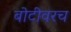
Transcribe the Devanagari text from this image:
बोटीवरच